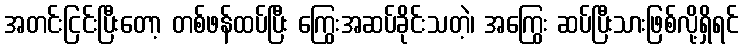
အတင်းငြင်းပြီးတော့ တစ်ဖန်ထပ်ပြီး ကြွေးအဆပ်ခိုင်းသတဲ့၊ အကြွေး ဆပ်ပြီးသားဖြစ်လို့ရှိရင်